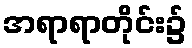
အရာရာတိုင်း၌